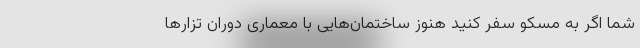
شما اگر به مسکو سفر کنید هنوز ساختمان‌‌هایی با معماری دوران تزارها